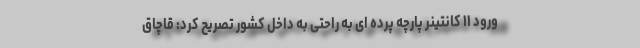
ورود ۱۱ کانتینر پارچه پرده ای به راحتی به داخل کشور تصریح کرد: قاچاق